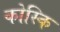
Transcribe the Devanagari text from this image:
कोस्कि